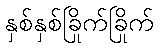
နှစ်နှစ်ခြိုက်ခြိုက်